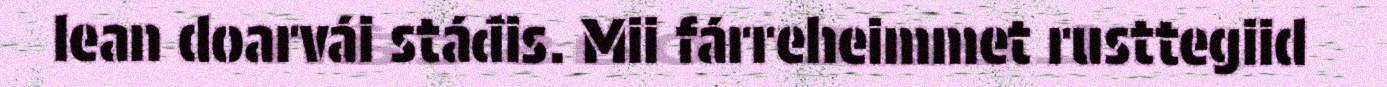
lean doarvái stáđis. Mii fárreheimmet rusttegiid